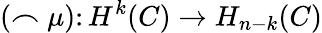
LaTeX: (\frown\mu)\colon H^{k}(C)\to H_{n-k}(C)